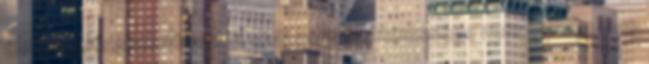
életkor előrehaladtával. A száj normál szélessége nem haladja meg